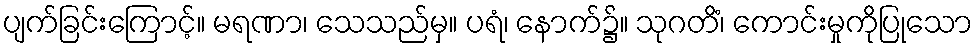
ပျက်ခြင်းကြောင့်။ မရဏာ၊ သေသည်မှ။ ပရံ၊ နောက်၌။ သုဂတိံ၊ ကောင်းမှုကိုပြုသော